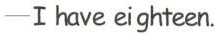
-I have eighteen.